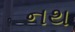
નથ